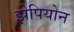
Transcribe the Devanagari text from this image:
झेपियोन